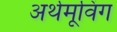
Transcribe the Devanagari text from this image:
अर्थमूविंग